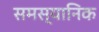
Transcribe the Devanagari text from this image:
समस्यानिक